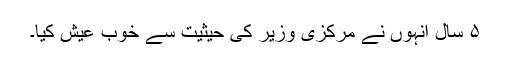
۵ سال انہوں نے مرکزی وزیر کی حیثیت سے خوب عیش کیا۔